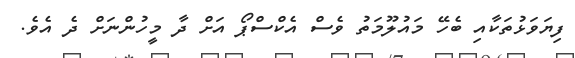
ފިޔަވަޅުތަކާއި ބެހޭ މައުލޫމަތު ވެސް އެކްސްޕޯ އަށް ދާ މީހުންނަށް ދެ އެވެ.